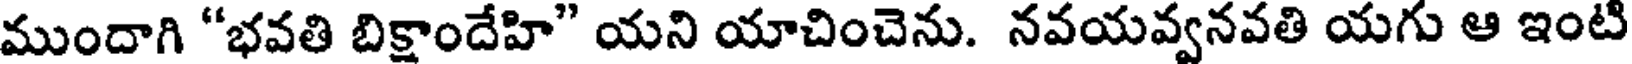
ముందాగి "భవతి బిక్షాందేహి" యని యాచించెను. నవయవ్వనవతి యగు ఆ ఇంటి